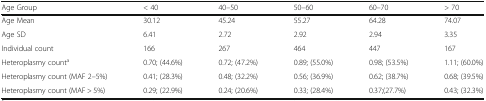
<table><thead><tr><td><b>Age Group</b></td><td><b>&lt; 40</b></td><td><b>40–50</b></td><td><b>50–60</b></td><td><b>60–70</b></td><td><b>&gt; 70</b></td></tr></thead><tbody><tr><td>Age Mean</td><td>30.12</td><td>45.24</td><td>55.27</td><td>64.28</td><td>74.07</td></tr><tr><td>Age SD</td><td>6.41</td><td>2.72</td><td>2.92</td><td>2.94</td><td>3.35</td></tr><tr><td>Individual count</td><td>166</td><td>267</td><td>464</td><td>447</td><td>167</td></tr><tr><td>Heteroplasmy count<sup>a</sup></td><td>0.70; (44.6%)</td><td>0.72; (47.2%)</td><td>0.89; (55.0%)</td><td>0.98; (53.5%)</td><td>1.11; (60.0%)</td></tr><tr><td>Heteroplasmy count (MAF 2–5%)</td><td>0.41; (28.3%)</td><td>0.48; (32.2%)</td><td>0.56; (36.9%)</td><td>0.62; (38.7%)</td><td>0.68; (39.5%)</td></tr><tr><td>Heteroplasmy count (MAF &gt; 5%)</td><td>0.29; (22.9%)</td><td>0.24; (20.6%)</td><td>0.33; (28.4%)</td><td>0.37;(27.7%)</td><td>0.43; (32.3%)</td></tr></tbody></table>